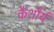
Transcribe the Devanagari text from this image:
कैशौर्य